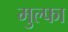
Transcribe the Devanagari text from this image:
मुल्फा